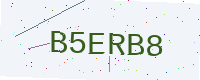
Text: B5ERB8